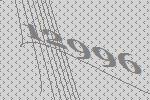
12996